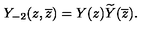
Y _ { - 2 } ( z , \overline { { z } } ) = Y ( z ) \widetilde { Y } ( \overline { { z } } ) .